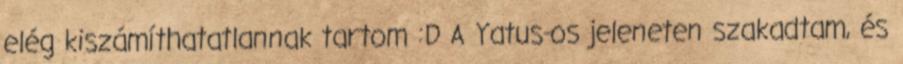
elég kiszámíthatatlannak tartom :D A Yatus-os jeleneten szakadtam, és